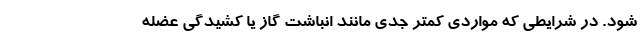
شود. در شرایطی که مواردی کمتر جدی مانند انباشت گاز یا کشیدگی عضله